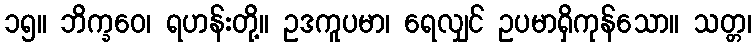
၁၅။ ဘိက္ခဝေ၊ ရဟန်းတို့။ ဥဒကူပမာ၊ ရေလျှင် ဥပမာရှိကုန်သော။ သတ္တ၊